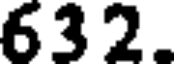
632.